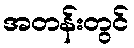
အတန်းတွင်